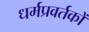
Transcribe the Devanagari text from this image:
धर्मप्रवर्तकों